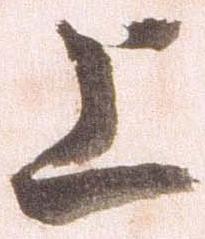
上